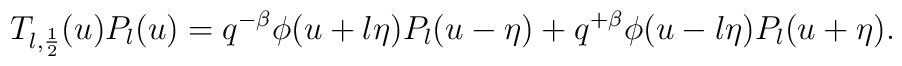
T_{l, \frac12}(u) P_{l}(u) = q^{-\beta}\phi (u+l \eta) P_{l} (u-\eta) +q^{+\beta}\phi (u-l \eta) P_{l} (u+\eta).